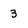
Character: 3